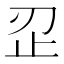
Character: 𰙜